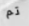
تم